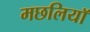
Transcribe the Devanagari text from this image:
मछलियाॅ